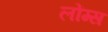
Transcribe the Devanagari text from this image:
लोंग्स